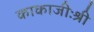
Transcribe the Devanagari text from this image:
काकाजीःश्री